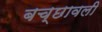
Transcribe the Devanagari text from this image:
बच्छावली